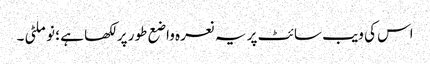
اس کی ویب سائٹ پر یہ نعرہ واضع طور پر لکھا ہے ؛ نو ملٹی ۔